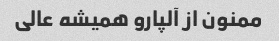
ممنون از آلپارو همیشه عالی